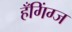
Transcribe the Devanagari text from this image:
हँगिंग्ज